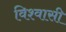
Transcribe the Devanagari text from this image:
विश्‍वासी